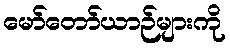
မော်တော်ယာဉ်များကို